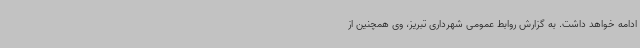
ادامه خواهد داشت. به گزارش روابط عمومی شهرداری تبریز، وی همچنین از